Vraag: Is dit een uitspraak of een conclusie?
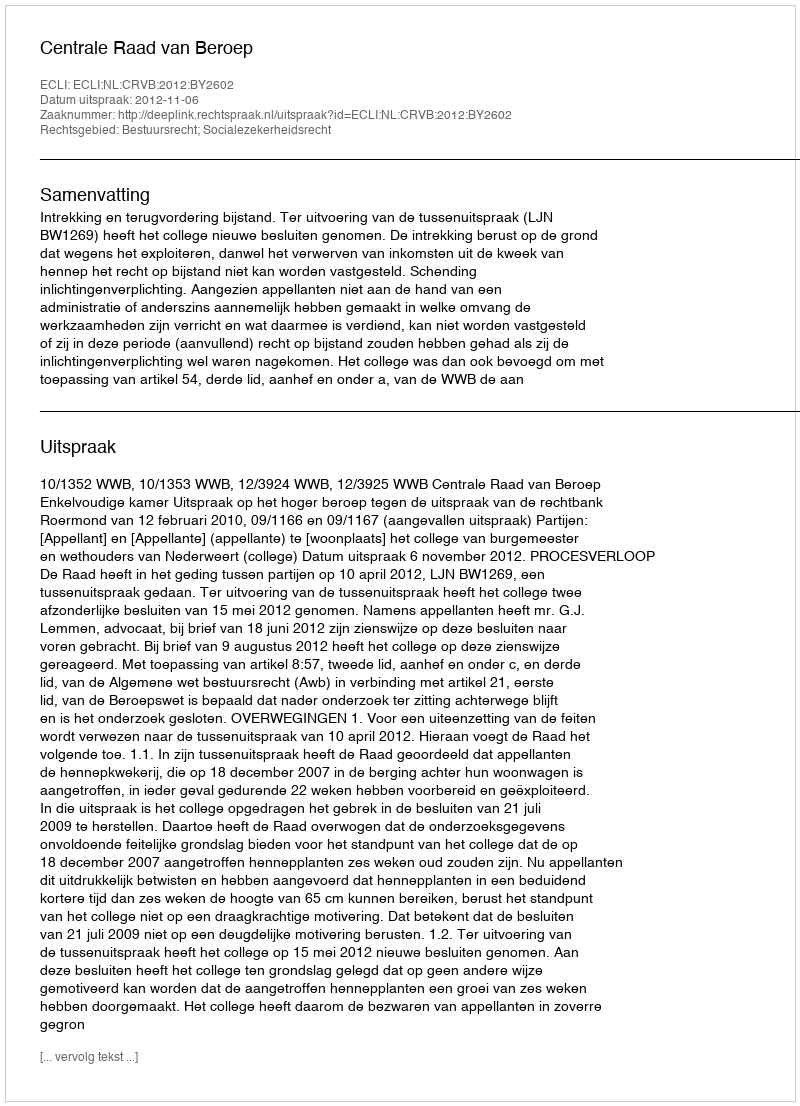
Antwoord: Uitspraak